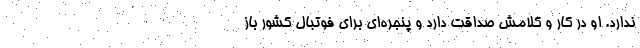
ندارد. او در کار و کلامش صداقت دارد و پنجره‌ای برای فوتبال کشور باز